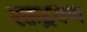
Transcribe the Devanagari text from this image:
रक्तद्रवण